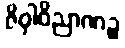
ဇိဝှါဝိညာဏဉ္စ